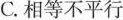
C.相等不平行